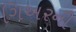
ગિઅરની